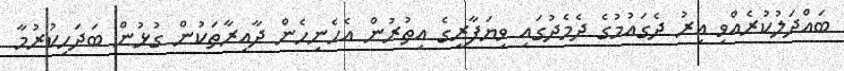
ބައްދަލުކުރެއްވި އިރު ދެގައުމުގެ ދެމެދުގައި ވިޔަފާރީގެ އިތުރުން އެހެނިހެން ދާއިރާތަކުން ގުޅުން ބަދަހިކުރުމާ